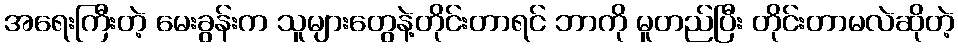
အရေးကြီးတဲ့ မေးခွန်းက သူများတွေနဲ့တိုင်းတာရင် ဘာကို မူတည်ပြီး တိုင်းတာမလဲဆိုတဲ့